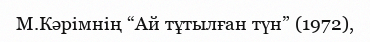
М.Кәрімнің “Ай тұтылған түн” (1972),